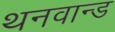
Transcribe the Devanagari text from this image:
थनवान्ड